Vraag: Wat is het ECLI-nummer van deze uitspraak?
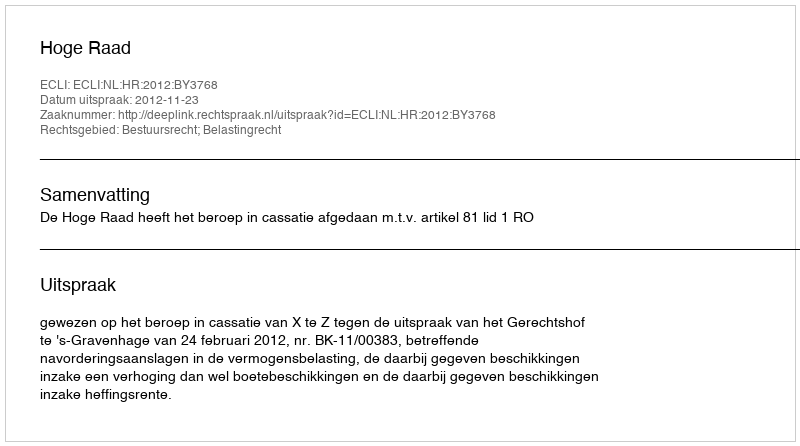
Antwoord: ECLI:NL:HR:2012:BY3768